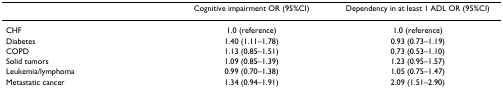
<table><thead><tr><td></td><td><b>Cognitive impairment OR (95%CI)</b></td><td><b>Dependency in at least 1 ADL OR (95%CI)</b></td></tr></thead><tbody><tr><td>CHF</td><td>1.0 (reference)</td><td>1.0 (reference)</td></tr><tr><td>Diabetes</td><td>1.40 (1.11–1.78)</td><td>0.93 (0.73–1.19)</td></tr><tr><td>COPD</td><td>1.13 (0.85–1.51)</td><td>0.73 (0.53–1.10)</td></tr><tr><td>Solid tumors</td><td>1.09 (0.85–1.39)</td><td>1.23 (0.95–1.57)</td></tr><tr><td>Leukemia/lymphoma</td><td>0.99 (0.70–1.38)</td><td>1.05 (0.75–1.47)</td></tr><tr><td>Metastatic cancer</td><td>1.34 (0.94–1.91)</td><td>2.09 (1.51–2.90)</td></tr></tbody></table>